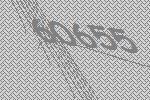
60655